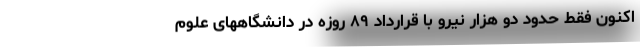
اکنون فقط حدود دو هزار نیرو با قرارداد ۸۹ روزه در دانشگاههای علوم